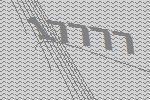
17777